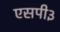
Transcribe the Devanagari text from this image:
एसपी३